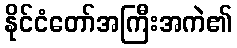
နိုင်ငံတော်အကြီးအကဲ၏